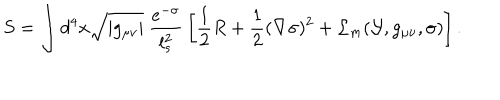
LaTeX: S = \int d ^ { 4 } x \sqrt { | g _ { \mu \nu } | } \ \frac { e ^ { - \sigma } } { l _ { s } ^ { 2 } } \, \left[ { \frac { 1 } { 2 } } R + { \frac { 1 } { 2 } } ( \nabla \sigma ) ^ { 2 } + { \cal L } _ { m } ( { \cal Y } , g _ { \mu \nu } , \sigma ) \right] .